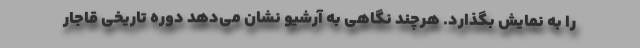
را به نمایش بگذارد. هرچند نگاهی به آرشیو نشان می‌دهد دوره تاریخی قاجار